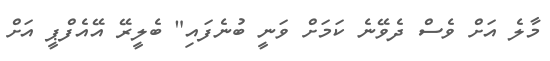
މާލެ އަށް ވެސް ދެވޭނެ ކަމަށް ވަނީ ބުނެފައި" ބެލީރޭ އޭއެފްޕީ އަށް